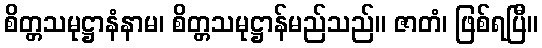
စိတ္တသမုဋ္ဌာနံနာမ၊ စိတ္တသမုဋ္ဌာန်မည်သည်။ ဇာတံ၊ ဖြစ်ရပြီ။